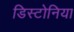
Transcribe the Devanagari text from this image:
डिस्टोनिया